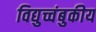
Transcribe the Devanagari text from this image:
विद्युच्चंबुकीय